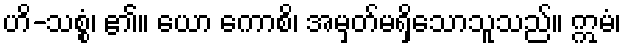
ဟိ-သစ္စံ၊ ၏။ ယော ကောစိ၊ အမှတ်မရှိသောသူသည်။ ဣမံ၊